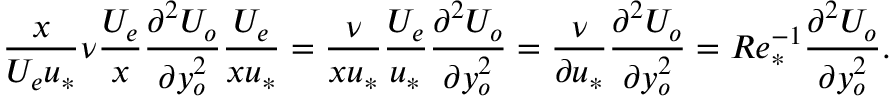
{ \frac { x } { U _ { e } u _ { * } } } \nu { \frac { U _ { e } } { x } } \frac { \partial ^ { 2 } U _ { o } } { \partial y _ { o } ^ { 2 } } \frac { U _ { e } } { x u _ { * } } = \frac { \nu } { x u _ { * } } \frac { U _ { e } } { u _ { * } } \frac { \partial ^ { 2 } U _ { o } } { \partial y _ { o } ^ { 2 } } = \frac { \nu } { \partial u _ { * } } \frac { \partial ^ { 2 } U _ { o } } { \partial y _ { o } ^ { 2 } } = R e _ { * } ^ { - 1 } \frac { \partial ^ { 2 } U _ { o } } { \partial y _ { o } ^ { 2 } } .